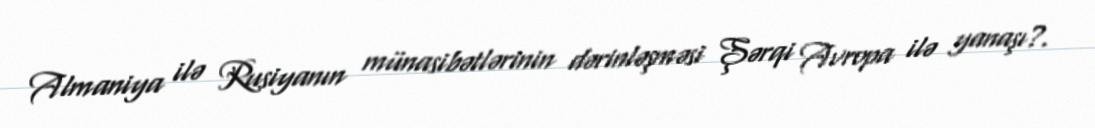
Almaniya ilə Rusiyanın münasibətlərinin dərinləşməsi Şərqi Avropa ilə yanaşı?.